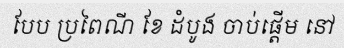
បែប ប្រពៃណី ខែ ដំបូង ចាប់ផ្តើម នៅ